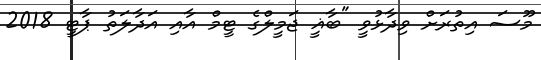
މޫސަ އިތުރަށް ވިދާޅުވީ "ބާޣީ ޖަމީލްގެ ޓީމް އާއި އަދާލަތު ޕާޓީ 2018